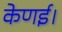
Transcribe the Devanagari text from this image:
केणई।